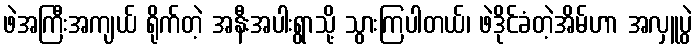
ဖဲအကြီးအကျယ် ရိုက်တဲ့ အနီးအပါးရွာသို့ သွားကြပါတယ်၊ ဖဲဒိုင်ခံတဲ့အိမ်ဟာ အလှူပွဲ